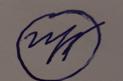
Signature authenticity: forged